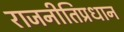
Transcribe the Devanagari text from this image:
राजनीतिप्रधान